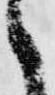
之